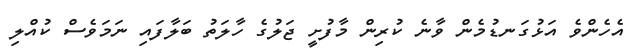
އެހެންވެ އަޅުގަނޑުމެން ވާނެ ކުރިން މާފުށީ ޖަލުގެ ހާލަތު ބަލާފައި ނަމަވެސް ކުއްލި